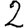
Digit: 2